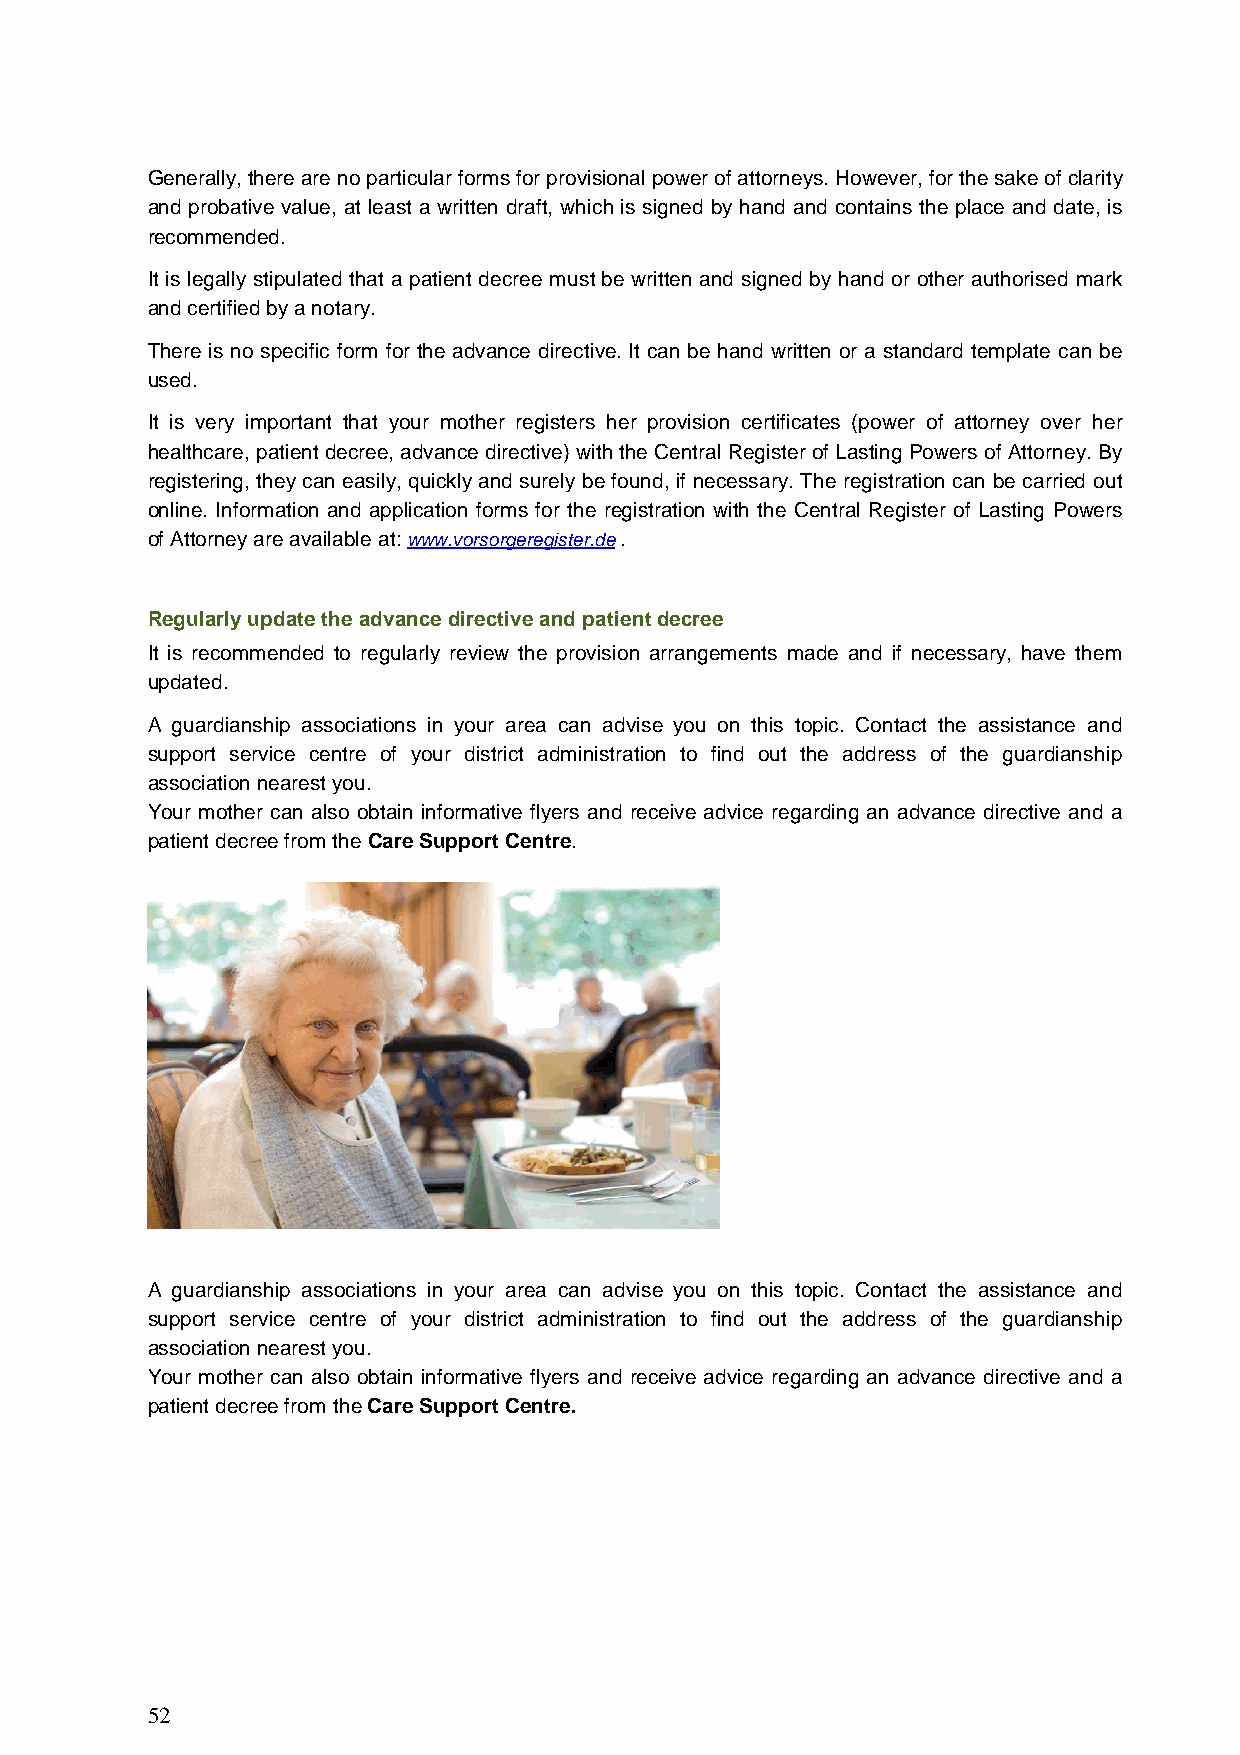
Generally, there are no particular forms for provisional power of attorneys. However, for the sake of clarity
 and probative value, at least a written draft, which is signed by hand and contains the place and date, is
 recommended.
 It is legally stipulated that a patient decree must be written and signed by hand or other authorised mark
 and certified by a notary.
 There is no specific form for the advance directive. It can be hand written or a standard template can be
 used.
 It is very important that your mother registers her provision certificates (power of attorney over her
 healthcare, patient decree, advance directive) with the Central Register of Lasting Powers of Attorney. By
 registering, they can easily, quickly and surely be found, if necessary. The registration can be carried out
 online. Information and application forms for the registration with the Central Register of Lasting Powers
 of Attorney are available at: www.vorsorgeregister.de .
 Regularly update the advance directive and patient decree
 It is recommended to regularly review the provision arrangements made and if necessary, have them
 updated.
 A guardianship associations in your area can advise you on this topic. Contact the assistance and
 support service centre of your district administration to find out the address of the guardianship
 association nearest you.
 Your mother can also obtain informative flyers and receive advice regarding an advance directive and a
 patient decree from the Care Support Centre.
 A guardianship associations in your area can advise you on this topic. Contact the assistance and
 support service centre of your district administration to find out the address of the guardianship
 association nearest you.
 Your mother can also obtain informative flyers and receive advice regarding an advance directive and a
 patient decree from the Care Support Centre.
 52